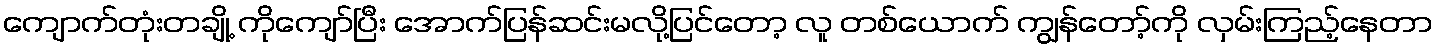
ကျောက်တုံးတချို့ ကိုကျော်ပြီး အောက်ပြန်ဆင်းမလို့ပြင်တော့ လူ တစ်ယောက် ကျွန်တော့်ကို လှမ်းကြည့်နေတာ